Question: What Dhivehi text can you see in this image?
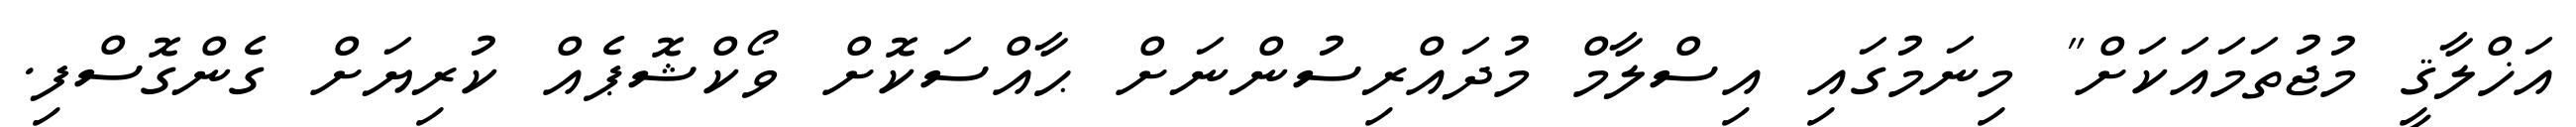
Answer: އަޚްލާޤީ މުޖުތަމައަކަށް" މިނަމުގައި އިސްލާމް މުދައްރިސުންނަށް ޙާއްސަކޮށް ވޯކްޝޮޕެއް ކުރިޔަށް ގެންގޮސްފި.